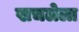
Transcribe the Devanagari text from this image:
खचलेला